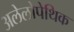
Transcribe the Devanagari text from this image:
अलेलोपेथिक